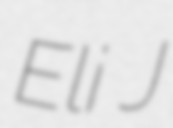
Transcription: Eli J